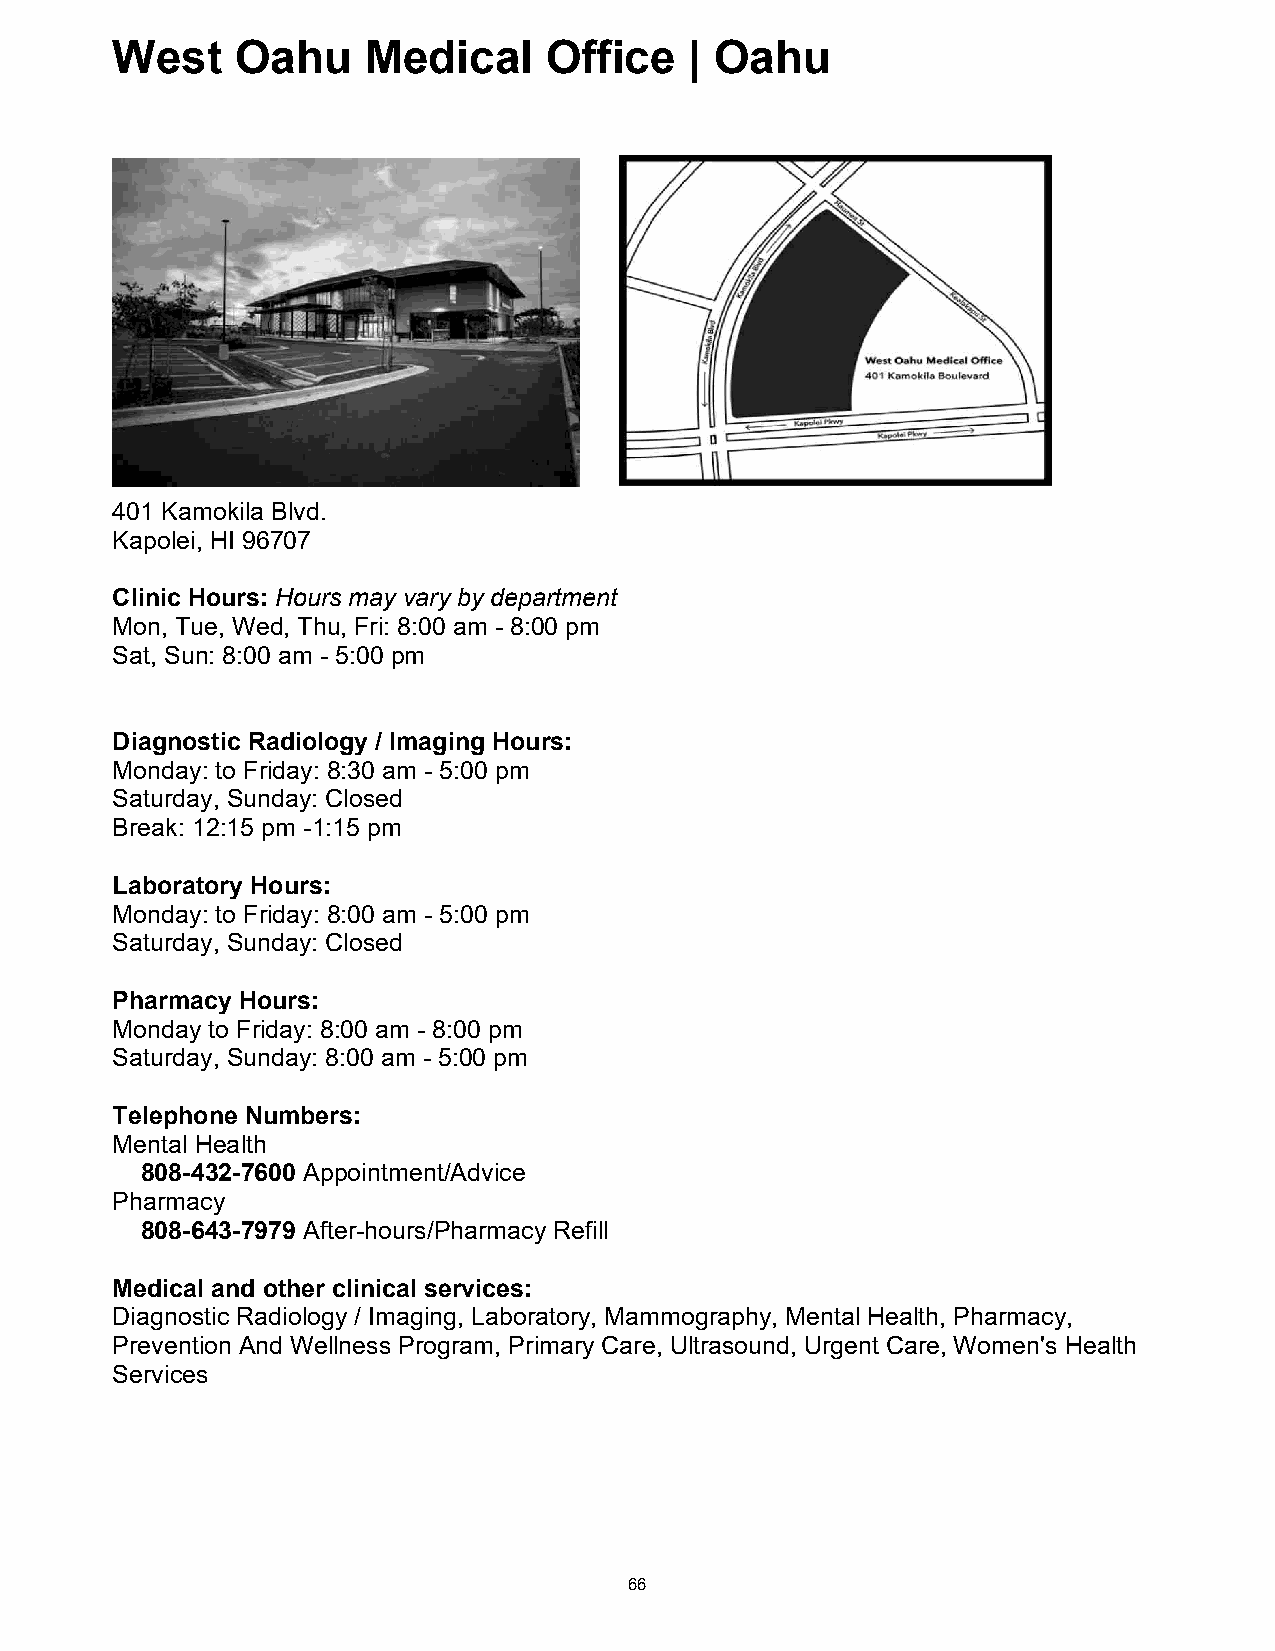
West     Oahu    Medical     Office    | Oahu
 West Oahu Medical Office | Oahu
 401 Kamokila Blvd.
 Kapolei, HI 96707
 Clinic Hours: Hours may vary by department
 Mon, Tue, Wed, Thu, Fri: 8:00 am - 8:00 pm
 Sat, Sun: 8:00 am - 5:00 pm
 Diagnostic Radiology / Imaging Hours:
 Monday: to Friday: 8:30 am - 5:00 pm
 Saturday, Sunday: Closed
 Break: 12:15 pm -1:15 pm
 Laboratory Hours:
 Monday: to Friday: 8:00 am - 5:00 pm
 Saturday, Sunday: Closed
 Pharmacy Hours:
 Monday to Friday: 8:00 am - 8:00 pm
 Saturday, Sunday: 8:00 am - 5:00 pm
 Telephone Numbers:
 Mental Health
 808-432-7600 Appointment/Advice
 Pharmacy
 808-643-7979 After-hours/Pharmacy Refill
 Medical and other clinical services:
 Diagnostic Radiology / Imaging, Laboratory, Mammography, Mental Health, Pharmacy,
 Prevention And Wellness Program, Primary Care, Ultrasound, Urgent Care, Women's Health
 Services
 66